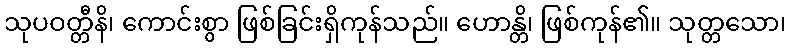
သုပဝတ္တီနိ၊ ကောင်းစွာ ဖြစ်ခြင်းရှိကုန်သည်။ ဟောန္တိ၊ ဖြစ်ကုန်၏။ သုတ္တသော၊